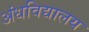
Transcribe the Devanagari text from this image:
अंधविद्यालय